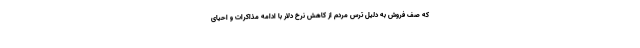
که صف فروش به دلیل ترس مردم از کاهش نرخ دلار با ادامه مذاکرات و احیای